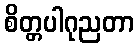
စိတ္တပါဂုညတာ